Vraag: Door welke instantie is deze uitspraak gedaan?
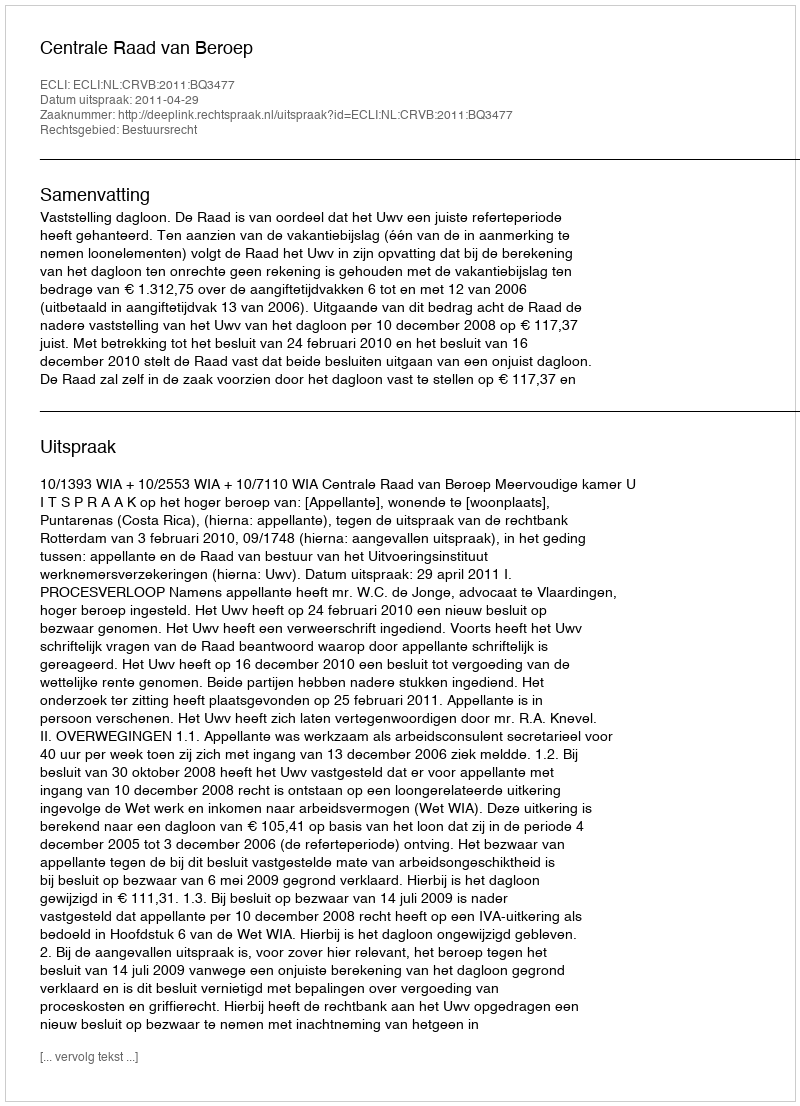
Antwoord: Centrale Raad van Beroep